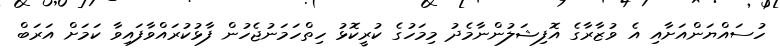
ހުސައްޔަންއަށާއި އެ ވުޒާރާގެ އޮފިޝަލުންނާމެދު މިމަހުގެ ކުރީކޮޅު ހިތްހަމަނުޖެހުން ފާޅުކުރައްވާފައިވާ ކަމަށް އަރަބް